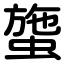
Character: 䗐